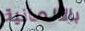
بالألمانية